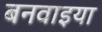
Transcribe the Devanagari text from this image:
बनवाइया